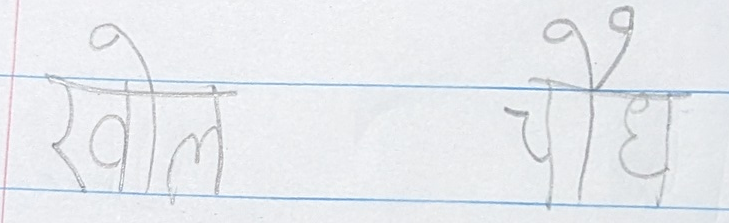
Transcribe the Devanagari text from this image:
खोल   चौध